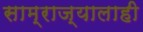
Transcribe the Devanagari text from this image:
साम्राज्यालाही